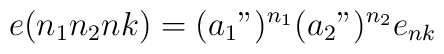
e(n_1n_2nk)=(a_1")^{n_1}(a_2")^{n_2}e_{nk}